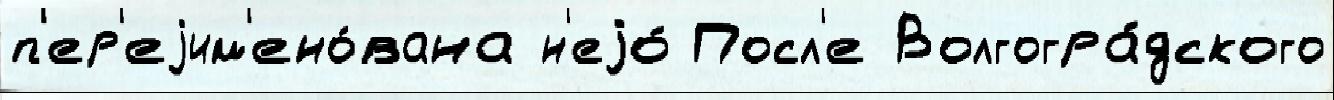
п'ер'еjим'ено́вана н'еjо́ Посл'е Волгогра́дского